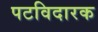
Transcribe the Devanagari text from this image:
पटविदारक